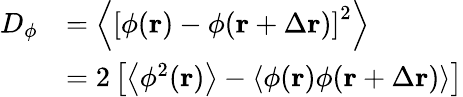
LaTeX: \begin{array}{rl}{D_{\phi}}&{=\left\langle\left[\phi(\mathbf{r})-\phi(\mathbf{r}+\Delta\mathbf{r})\right]^{2}\right\rangle}\\ &{=2\left[\left\langle\phi^{2}(\mathbf{r})\right\rangle-\left\langle\phi(\mathbf{r})\phi(\mathbf{r}+\Delta\mathbf{r})\right\rangle\right]}\end{array}